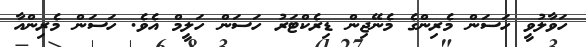
ހަވާލުވީ ހަސަން މެރިންގެ މެނޭޖިން ޑިރެކްޓަރު ހަސަން ހަލީމް އެވެ. ހަސަން މެރިންއާ